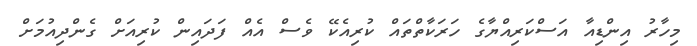
މިހާރު އިންޑިއާ އަސްކަރިއްޔާގެ ހަރަކާތްތައް ކުރިއެކޭ ވެސް އެއް ފަދައިން ކުރިއަށް ގެންދިއުމަށް